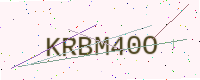
Text: KRBM40O